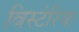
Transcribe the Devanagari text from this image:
विस्टेरिया